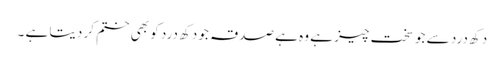
دکھ درد سے جو سخت چیز ہے وہ ہے صدقہ جو دکھ درد کو بھی ختم کر دیتا ہے ۔